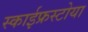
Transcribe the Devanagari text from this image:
स्काईफ्रस्टोया